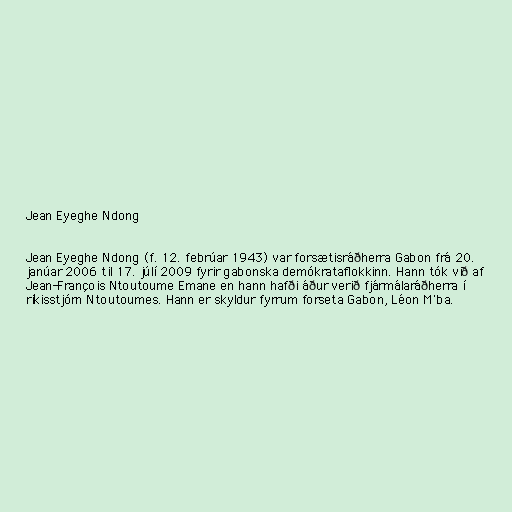
Jean Eyeghe Ndong

Jean Eyeghe Ndong (f. 12. febrúar 1943) var forsætisráðherra Gabon frá 20.
janúar 2006 til 17. júlí 2009 fyrir gabonska demókrataflokkinn. Hann tók við af
Jean-François Ntoutoume Emane en hann hafði áður verið fjármálaráðherra í
ríkisstjórn Ntoutoumes. Hann er skyldur fyrrum forseta Gabon, Léon M'ba.